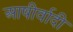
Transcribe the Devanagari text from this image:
आषीर्वादी